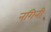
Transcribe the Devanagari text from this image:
नगिनी